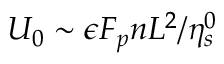
U _ { 0 } \sim \epsilon F _ { p } n L ^ { 2 } / \eta _ { s } ^ { 0 }